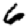
Digit: 6